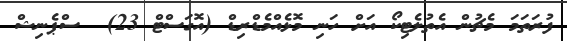
ފުރަތަމަ މެޗުން އެތުލެޓިކޯ އަށް ހަނި މޮޅެއްމެޑްރިޑް (އޮގަސްޓް 23)  ސްޕެނިޝް